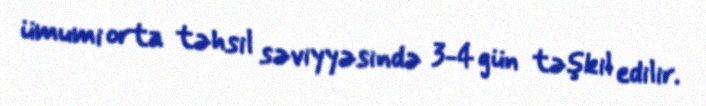
ümumi orta təhsil səviyyəsində 3-4 gün təşkil edilir.